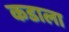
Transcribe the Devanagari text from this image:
कडाला